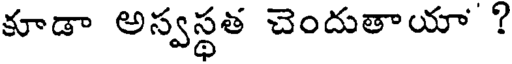
కూడా అస్వస్థత చెందుతాయా ?